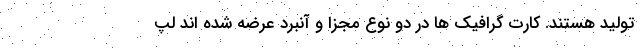
تولید هستند. کارت گرافیک ها در دو نوع مجزا و آنبرد عرضه شده اند لپ